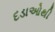
દડાઓથી